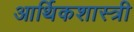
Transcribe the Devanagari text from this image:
आर्थिकशास्त्री